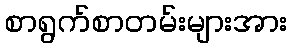
စာရွက်စာတမ်းများအား